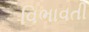
વિભાવતી